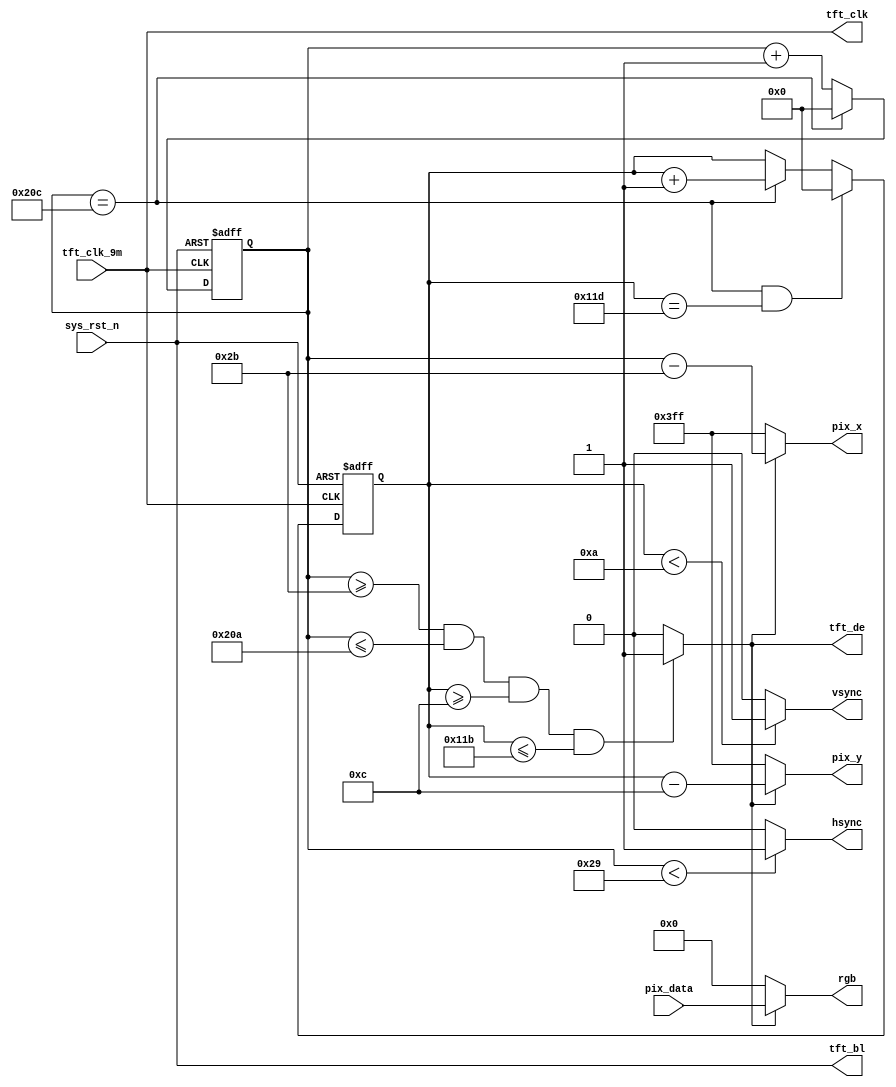
module  tft_ctrl(

    input   wire             tft_clk_9m ,
    input   wire             sys_rst_n  ,
    input   wire    [15:0]   pix_data   ,
    
    output  wire     [15:0]  rgb        ,   
    output  wire             hsync      ,   
    output  wire             vsync      ,   
    output  wire     [9:0]   pix_x      ,
    output  wire     [9:0]   pix_y      ,
    output  wire             tft_clk    ,
    output  wire             tft_bl     ,
    output  wire             tft_de     
);

parameter   H_SYNC   =   10'd41 ,
            H_BACK   =   10'd02 ,
            H_VALID  =   10'd480,
            H_FRONT  =   10'd02 ,
            H_TOTAL  =   10'd525;

parameter   V_SYNC   =   10'd10 ,
            V_BACK   =   10'd02 ,
            V_VALID  =   10'd272,
            V_FRONT  =   10'd02 ,
            V_TOTAL  =   10'd286;

reg     [9:0]   cnt_h;
reg     [9:0]   cnt_v;
wire            rgb_valid;

assign  tft_clk = tft_clk_9m;
assign  tft_de  = rgb_valid ;
assign  tft_bl  = sys_rst_n ;

always@(posedge tft_clk or negedge sys_rst_n)
    if(sys_rst_n == 1'b0)
        cnt_h <= 10'd0;
    else    if(cnt_h == H_TOTAL - 1)
        cnt_h <= 10'd0;
    else
        cnt_h <= cnt_h + 1'b1;

always@(posedge tft_clk or negedge sys_rst_n)
    if(sys_rst_n == 1'b0)    
        cnt_v <= 10'd0;
    else    if((cnt_h == H_TOTAL - 1) && (cnt_v == V_TOTAL - 1))
        cnt_v <= 10'd0;
    else    if(cnt_h == H_TOTAL - 1)
        cnt_v <= cnt_v +1'b1;

assign  hsync = (cnt_h < H_SYNC)? 1'b1:1'b0;
assign  vsync = (cnt_v < V_SYNC)? 1'b1:1'b0;

assign  rgb_valid = ((cnt_h >= H_SYNC + H_BACK ) && (cnt_h <= H_TOTAL - H_FRONT  - 1'b1)
                     && (cnt_v >= V_SYNC + V_BACK ) && (cnt_v <= V_TOTAL - V_FRONT - 1'b1))
                    ? 1'b1 : 1'b0;

                
assign  pix_x = (rgb_valid == 1'b1)? (cnt_h - (H_SYNC + H_BACK )) : 10'h3ff;
assign  pix_y = (rgb_valid == 1'b1)? (cnt_v - (V_SYNC + V_BACK )) : 10'h3ff;

assign  rgb   = (rgb_valid == 1'b1)? pix_data : 16'd0;

endmodule